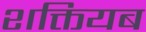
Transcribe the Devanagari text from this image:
शक्तियब